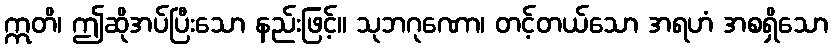
ဣတိ၊ ဤဆိုအပ်ပြီးသော နည်းဖြင့်။ သုဘဂုဏော၊ တင့်တယ်သော အရဟံ အစရှိသော